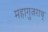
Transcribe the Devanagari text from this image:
महागुजराथ्